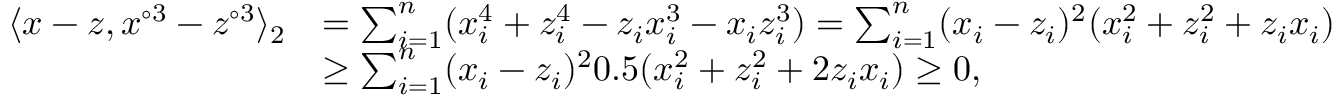
\begin{array} { r l } { \langle x - z , x ^ { \circ 3 } - z ^ { \circ 3 } \rangle _ { 2 } } & { = \sum _ { i = 1 } ^ { n } ( x _ { i } ^ { 4 } + z _ { i } ^ { 4 } - z _ { i } x _ { i } ^ { 3 } - x _ { i } z _ { i } ^ { 3 } ) = \sum _ { i = 1 } ^ { n } ( x _ { i } - z _ { i } ) ^ { 2 } ( x _ { i } ^ { 2 } + z _ { i } ^ { 2 } + z _ { i } x _ { i } ) } \\ & { \geq \sum _ { i = 1 } ^ { n } ( x _ { i } - z _ { i } ) ^ { 2 } 0 . 5 ( x _ { i } ^ { 2 } + z _ { i } ^ { 2 } + 2 z _ { i } x _ { i } ) \geq 0 , } \end{array}